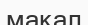
мақал